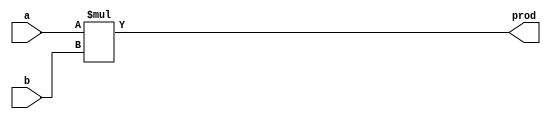
module MUL #(parameter WIDTH = 2)(a, b, prod);
	input [WIDTH-1:0] a, b;
	output reg [WIDTH-1:0] prod; 
	
	always @(a, b) begin
		prod <= a * b;
	end
endmodule

// MUL needs to be tested